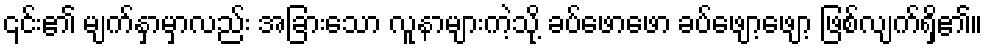
၎င်း၏ မျက်နှာမှာလည်း အခြားသော လူနာများကဲ့သို့ ခပ်ဖောဖော ခပ်ဖျော့ဖျော့ ဖြစ်လျက်ရှိ၏။